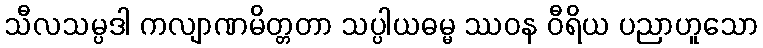
သီလသမ္ပဒါ ကလျာဏမိတ္တတာ သပ္ပါယဓမ္မ ဿဝန ဝီရိယ ပညာဟူသော